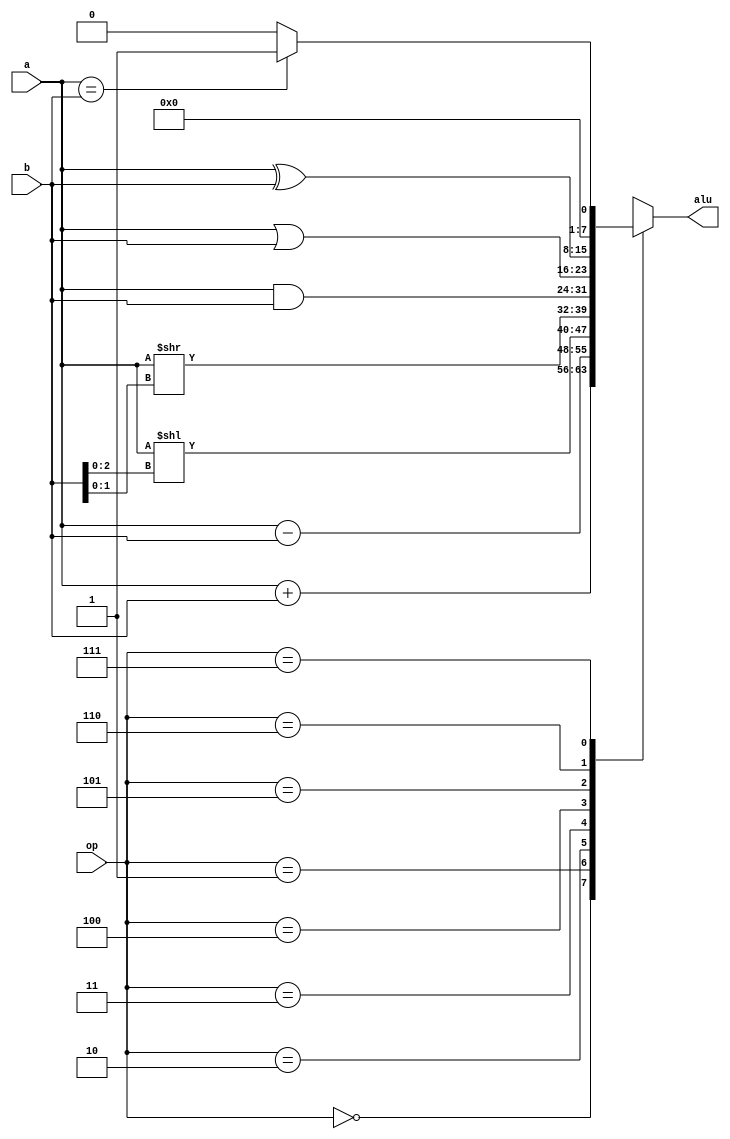


module day4 (a,b,op,alu);
  input     wire [7:0]   a;
  input     wire [7:0]   b;
  input     wire [2:0]   op;

  output    reg [7:0]   alu;


  // Enum for ALU op
  localparam  OP_ADD = 3'b000;
  localparam  OP_SUB = 3'b001;
  localparam  OP_SLL = 3'b010;
  localparam  OP_LSR = 3'b011;
  localparam  OP_AND = 3'b100;
  localparam  OP_OR  = 3'b101;
  localparam  OP_XOR = 3'b110;
  localparam  OP_EQL = 3'b111;

  reg carry;

  always @(*) begin
    case (op)
      OP_ADD: alu= a + b;
      OP_SUB: alu = a - b;
      OP_SLL: alu = a[7:0] << b[2:0];
      OP_LSR: alu = a[7:0] >> b[1:0];
      OP_AND: alu = a[7:0] & b[7:0];
      OP_OR : alu = a | b;
      OP_XOR: alu = a ^ b;
      OP_EQL: alu = (a==b)?8'd1:8'd0 ;
    endcase
  end

endmodule